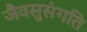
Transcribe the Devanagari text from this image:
जैवसुसंगति